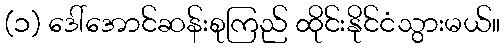
(၁) ဒေါ်အောင်ဆန်းစုကြည် ထိုင်းနိုင်ငံသွားမယ်။